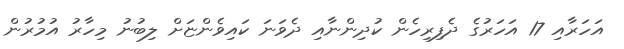
އަހަރާއި 17 އަހަރުގެ ދެފިރިހެން ކުދިންނާއި ދެވަނަ ކައިވެންޏަށް ލިބުނު މިހާރު އުމުރުން